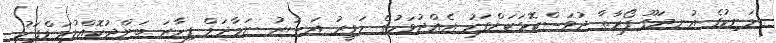
މަނިކުގެ އުނދަގޫ ފޯރާތާ ދުވަސްކޮޅަކަށްފަހު އެއްދުވަހުގެ ހަވީރު އަސުރު ނަމާދަށް ފިހާރަ ބަންދުކޮއްލުމަށްފަހު